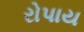
રોપાય